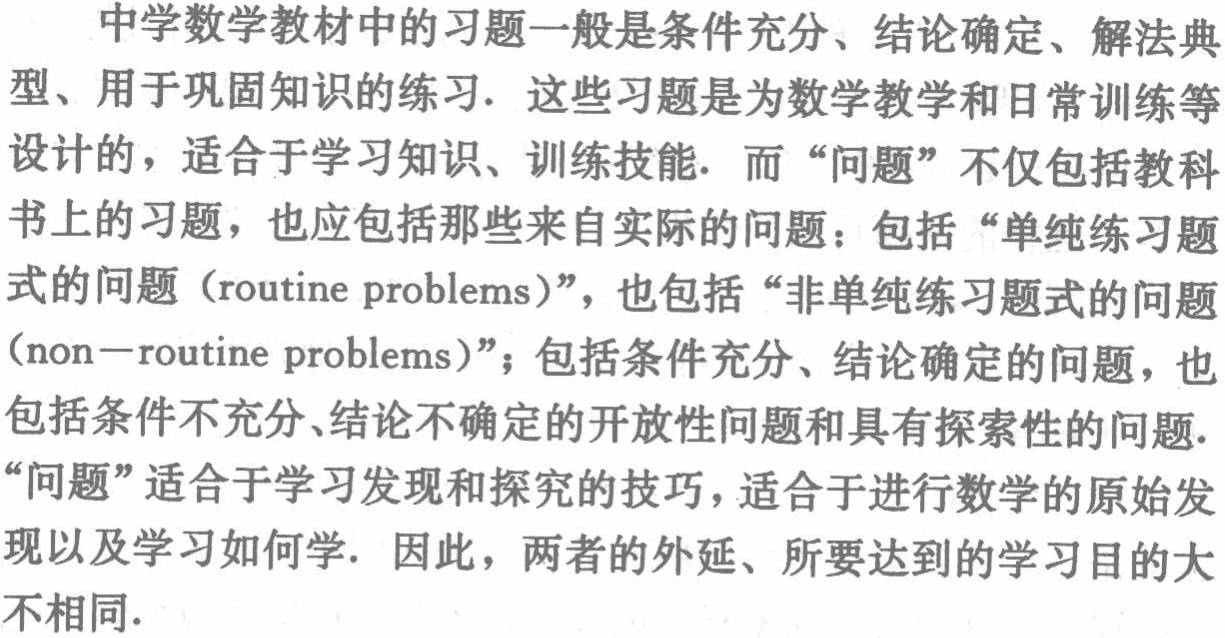
中学数学教材中的习题一般是条件充分、结论确定、解法典
型、用于巩固知识的练习. 这些习题是为数学教学和日常训练等
设计的，适合于学习知识、训练技能. 而 “问题” 不仅包括教科
书上的习题，也应包括那些来自实际的问题：包括 “单纯练习题
式的问题（routine problems）”，也包括 “非单纯练习题式的问题
（non－routine problems）”；包括条件充分、结论确定的问题，也
包括条件不充分、结论不确定的开放性问题和具有探索性的问题.
“问题” 适合于学习发现和探究的技巧，适合于进行数学的原始发
现以及学习如何学. 因此，两者的外延、所要达到的学习目的大
不相同.